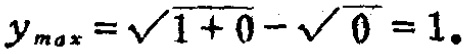
$y_{max}=\sqrt{1 + 0}-\sqrt{0}=1.$